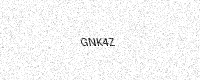
Text: GNK4Z